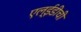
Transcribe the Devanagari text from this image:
एल्‌ईडीची